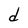
Character: d